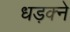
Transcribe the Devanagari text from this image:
धड़क्ने